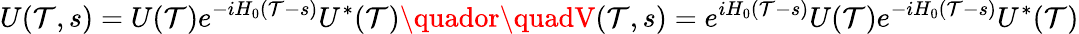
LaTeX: U(\mathcal{T},s)=U(\mathcal{T})e^{-iH_{0}(\mathcal{T}-s)}U^{*}(\mathcal{T})\quador\quadV(\mathcal{T},s)=e^{iH_{0}(\mathcal{T}-s)}U(\mathcal{T})e^{-iH_{0}(\mathcal{T}-s)}U^{*}(\mathcal{T})